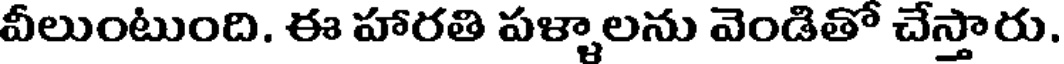
వీలుంటుంది. ఈ హారతి పళ్ళాలను వెండితో చేస్తారు.